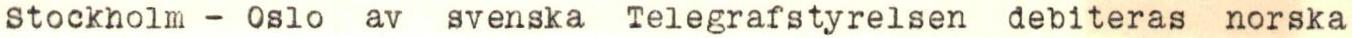
Stocknolm - Oslo av svenska Telegrafstyrelsen debiteras norska